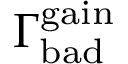
\Gamma _ { \mathrm { b a d } } ^ { \mathrm { g a i n } }